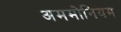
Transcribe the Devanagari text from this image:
अममोनियम